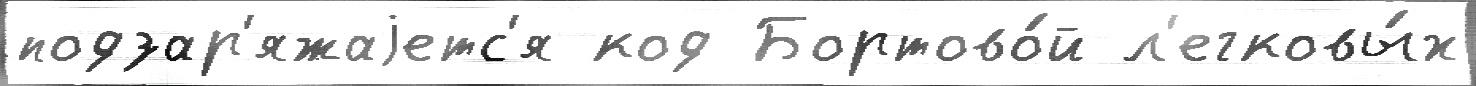
подзар'яжаjетс'я код Бортово́й л'егковы́х